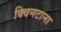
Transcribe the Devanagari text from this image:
क्विनटाना